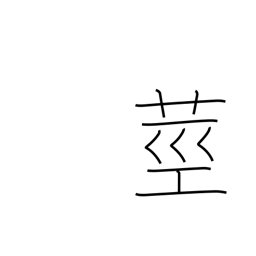
Meaning: stalk